Lock hospitals Punjab
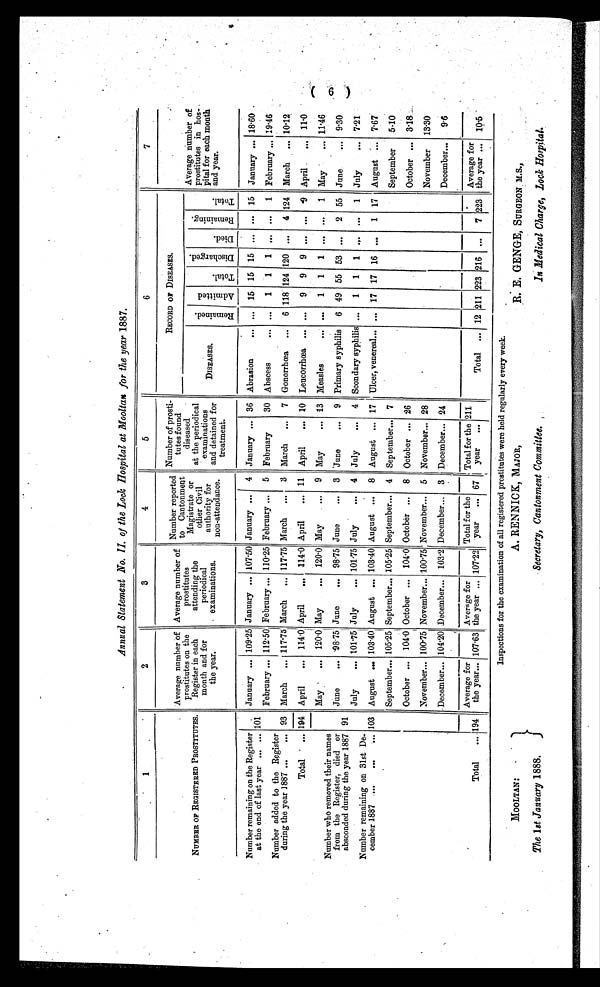
Annual Statement No. II of the Lock Hospital at Mooltan for the year 1887.
1
2
3
4
5
6
7
NUMBER OF REGISTERED PROSTITUTES.
Average number of
prostitutes on the
Register in each
month and for
the year.
Average ber
number
of prostitutes
attending the
periodical
examinations.
Number reported
to Cantonment
Magistrate or
other Civil
authority for
non-attendance.
Number of prosti
tutes found
diseased
at the periodical
examinations
and detained for
treatment.
RECORD OF DISEASES.
Average number of
prostitutes in hos
pital for each month
and year.
DISEASES.
R e ma i n e d . Ad mi t t e d .
Tot al .
Di s c h a r g e d .
D i e d .
R e m a i n i n g .
Tot al .
Number remaining on the Register
at the end of last year ... ... 101
January ... 109.25 January ... 107.50 January ... 4 January ... 36 Abrasion
... ... 15 15 15 ... ... 15 January... 18.60
February ... 112.50 February... 110.25 February... 5 February
...
30 Abscess
.... ... 1 1 1 ... ... 1 February
...
19.46
Number added to the Register
during the year 1887... ... 93 March ... 117.75 March ... 117.75 March ... 3 March ... 7 Gonorrhœa ... 6 118 124 120 ... 4 124 March ... 10.12
Total
. . . 194 April ... 114.0 April ... 114.0 April ... 11 April ... 10 Leucorrhœa ... ... 9 9 9 ... ... 9 April ... 11.0
May
... 120.0 May
... 120.0 May
9 May
... 13 Measles
... ... 1 1 1 ... ... 1 May
... 11.46
Number who removed their names
from the Register died or
absconded during the year 1887 91
June ... 98.75 June ... 98.75 June ... 3 June ... 9 Primary syphilis 6 49 55 53 ... 2 55 June ... 9.30
July ... 10.75 July ... 101.75 July ... 4 July ... 4 Scondary syphilis ... 1 1
1 ... ... 1 July ... 7.21
Number remaining on 31st De
cember 1887 .... ... ... 103 August ... 103.40 August ... 103.40 August ... 8 August... 17 Ulcer, venereal... ... 17 17 16 ... 1 17 August ... 7.67
September... 105.25 September... 105.25 September... 4 September... 7
September 5.10
October ... 104.0 October ... 104.0 October ... 8 October ... 26
October ... 3.18
November... 100.75 November... 100.75 November... 5 November... 28
November 13.30
December... 104.20 December... 103.2 December... 3 December... 24
December... 9.6
Total ... 194
Average for
the year. 107.63
Average for
the year ... 107.22
Total for the
year ... 67
Total for the
year ...
211
Total ... 12 211 223 216
7 223
Average for
the year... 10.5
Inspections for the examination of all registered prostitutes were held regularly every week.
MO O L T A N
:
The 1st January 1888.
A. RENNICK, MAJOR,
Secretary, Cantonment Committee.
R. E. GENGE, SURGEON . M.S.,
In Medical Charge, Lock Hospital.